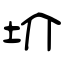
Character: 圿